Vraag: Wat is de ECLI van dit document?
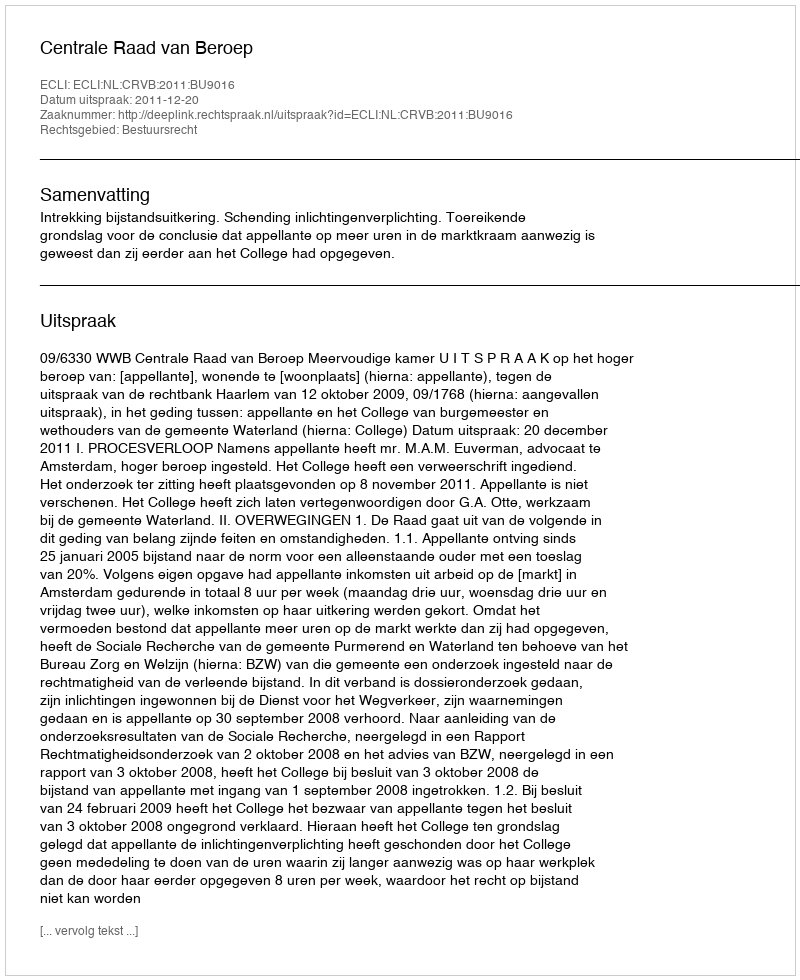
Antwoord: ECLI:NL:CRVB:2011:BU9016